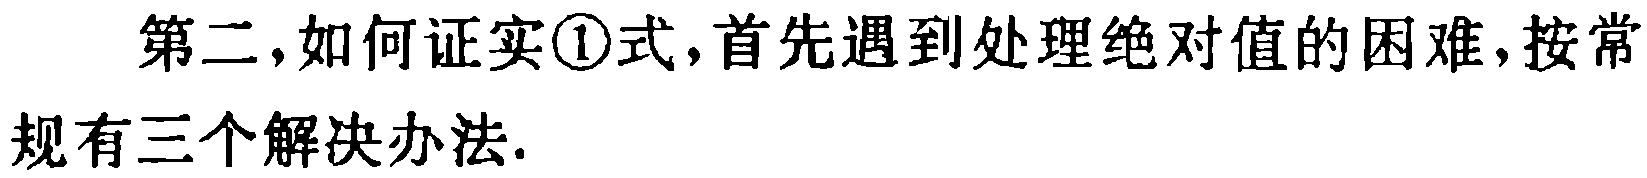
第二，如何证实\textcircled{1}式，首先遇到处理绝对值的困难，按常规有三个解决办法.